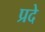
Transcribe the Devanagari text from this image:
प्रदे